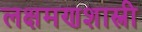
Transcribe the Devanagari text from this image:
लक्षमणशास्त्री